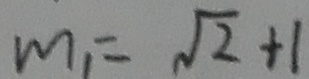
m _ { 1 } = \sqrt { 2 } + 1